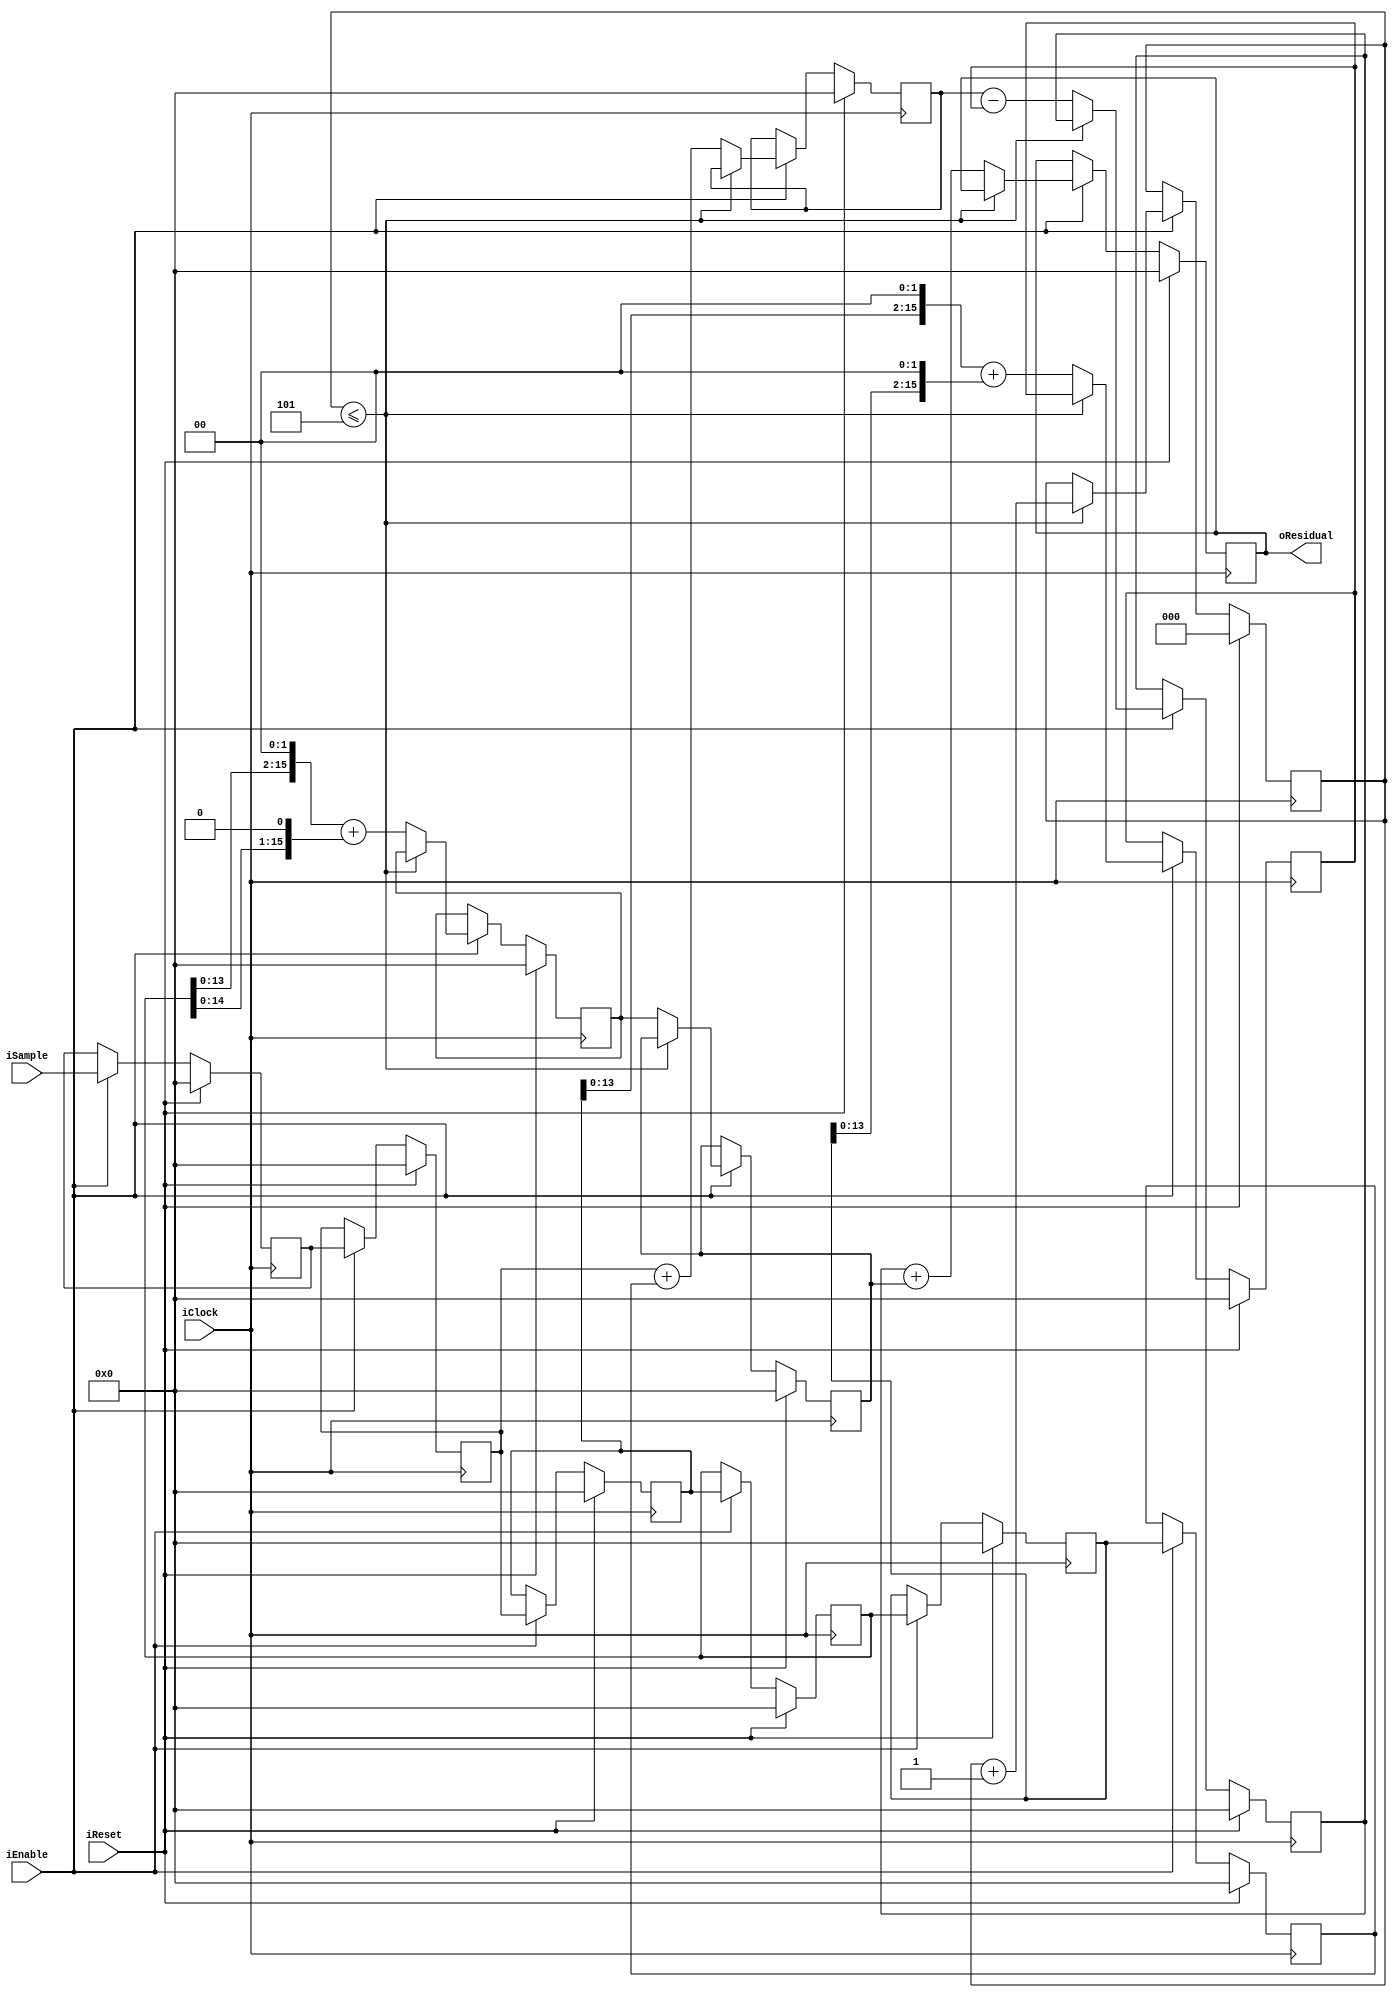
module FixedEncoderOrder4 (input wire iClock, 
                           input wire iEnable,
                           input wire iReset,
                           input wire signed [15:0] iSample,
                           output wire signed [15:0] oResidual);
/* 
 * This is the slowest, i.e. longest latency, encoder
 * Latency is 8 cycles after enable signal
 */
 
reg signed [15:0] dataq [0:4];
reg signed [15:0] sample_r, termA, termB, termC, termCd1, termD;
reg signed [15:0] residual;
reg [2:0] warmup_count;

integer i;

assign oResidual = residual;

always @(posedge iClock)
begin
    if (iReset) begin
        sample_r <= 16'b0;
        warmup_count <= 0;
        for (i = 0; i <= 4; i = i + 1) begin
            dataq[i] <= 16'b0;
        end
        residual <= 16'b0;
        termA <= 16'b0;
        termB <= 16'b0;
        termC <= 16'b0;
        termD <= 16'b0;
        termCd1 <= 16'b0;
    end else if (iEnable) begin
        // Register the input
        sample_r <= iSample;
        
        // Shift the data queue down
        for (i = 1; i <= 4; i = i + 1) begin
            dataq[i] <= dataq[i - 1];
        end
        
        // Feed the queue
        dataq[0] <= sample_r;
        
        // Fill the queue and then wait 1 cycle to 
        if (warmup_count <= 5) begin
            warmup_count <= warmup_count + 1;
        end else begin
            // Unpipelined version runs at 150 MHz
            //residual <= dataq[0] - 4*dataq[1] + 6*dataq[2] - 4*dataq[3] + dataq[4]; 
            
            // Pipelined version runs at 350 MHz
            // Phase 1 of pipeline
            termA <= dataq[0] + dataq[4];
            termB <= (dataq[1] << 2) + (dataq[3] << 2);
            termC <= (dataq[2] << 2) + (dataq[2] << 1);
            
            // Phase 2 of pipeline
            termD <= termA - termB;
            termCd1 <= termC;
            
            // Phase 3 of pipeline
            residual <= termD + termCd1;
        end
    end
end
endmodule